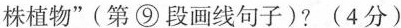
株植物”（第⑨段画线句子)?(4分)